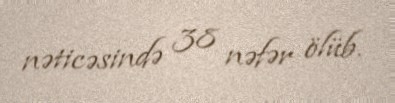
nəticəsində 38 nəfər ölüb.